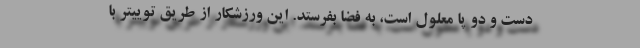
دست و دو پا معلول است، به فضا بفرستد. این ورزشکار از طریق توییتر با